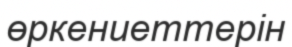
өркениеттерін